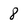
Character: 8